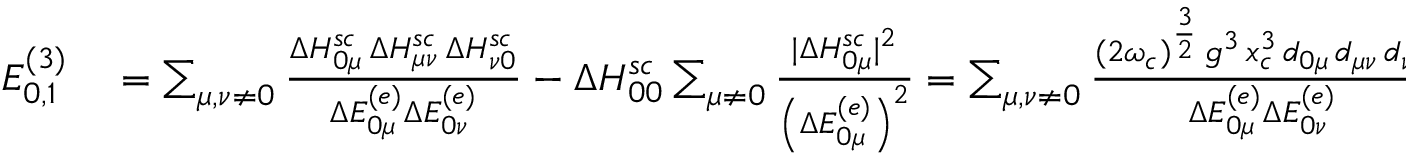
\begin{array} { r l } { E _ { 0 , 1 } ^ { ( 3 ) } } & { { } = \sum _ { \mu , \nu \neq 0 } \frac { \Delta H _ { 0 \mu } ^ { s c } \, \Delta H _ { \mu \nu } ^ { s c } \, \Delta H _ { \nu 0 } ^ { s c } } { \Delta E _ { 0 \mu } ^ { ( e ) } \Delta E _ { 0 \nu } ^ { ( e ) } } - \Delta H _ { 0 0 } ^ { s c } \sum _ { \mu \neq 0 } \frac { \vert \Delta H _ { 0 \mu } ^ { s c } \vert ^ { 2 } } { \left( \Delta E _ { 0 \mu } ^ { ( e ) } \right) ^ { 2 } } = \sum _ { \mu , \nu \neq 0 } \frac { ( 2 \omega _ { c } ) ^ { \frac { 3 } { 2 } } \, g ^ { 3 } \, x _ { c } ^ { 3 } \, d _ { 0 \mu } \, d _ { \mu \nu } \, d _ { \nu 0 } } { \Delta E _ { 0 \mu } ^ { ( e ) } \Delta E _ { 0 \nu } ^ { ( e ) } } - \sum _ { \mu \neq 0 } \frac { ( 2 \omega _ { c } ) ^ { \frac { 3 } { 2 } } \, g ^ { 3 } \, x _ { c } ^ { 3 } \, d _ { 0 0 } \, d _ { 0 \mu } ^ { 2 } } { \left( \Delta E _ { 0 \mu } ^ { ( e ) } \right) ^ { 2 } } \quad , } \end{array}